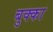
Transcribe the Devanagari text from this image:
बुक्‍का